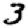
Digit: 3